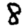
Digit: 8